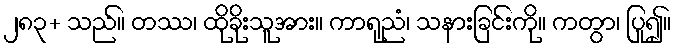
၂၈၃+ သည်။ တဿ၊ ထိုခိုးသူအား။ ကာရုညံ၊ သနားခြင်းကို။ ကတွာ၊ ပြု၍။